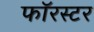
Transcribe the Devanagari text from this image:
फॉरस्टर